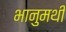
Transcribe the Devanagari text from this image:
भानुमथी